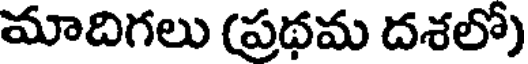
మాదిగలు (ప్రథమ దశలో)